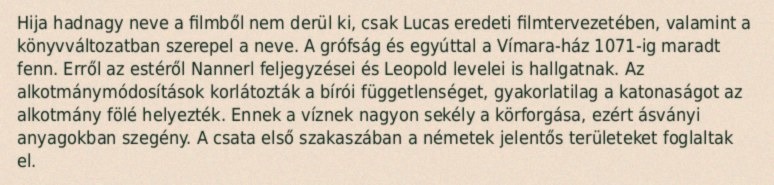
Hija hadnagy neve a filmből nem derül ki, csak Lucas eredeti filmtervezetében, valamint a könyvváltozatban szerepel a neve. A grófság és egyúttal a Vímara-ház 1071-ig maradt fenn. Erről az estéről Nannerl feljegyzései és Leopold levelei is hallgatnak. Az alkotmánymódosítások korlátozták a bírói függetlenséget, gyakorlatilag a katonaságot az alkotmány fölé helyezték. Ennek a víznek nagyon sekély a körforgása, ezért ásványi anyagokban szegény. A csata első szakaszában a németek jelentős területeket foglaltak el.